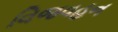
વિજવહન